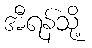
အီရန်သို့